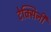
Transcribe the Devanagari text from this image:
टेक्सिनी